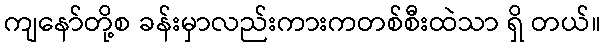
ကျနော်တို့စ ခန်းမှာလည်းကားကတစ်စီးထဲသာ ရှိ တယ်။